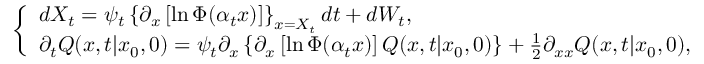
\left\{ \begin{array} { l } { d X _ { t } = \psi _ { t } \left\{ \partial _ { x } \left[ \ln \Phi ( \alpha _ { t } x ) \right] \right\} _ { x = X _ { t } } d t + d W _ { t } , } \\ { \partial _ { t } Q ( x , t | x _ { 0 } , 0 ) = \psi _ { t } \partial _ { x } \left\{ \partial _ { x } \left[ \ln \Phi ( \alpha _ { t } x ) \right] Q ( x , t | x _ { 0 } , 0 ) \right\} + \frac { 1 } { 2 } \partial _ { x x } Q ( x , t | x _ { 0 } , 0 ) , } \end{array} \right.